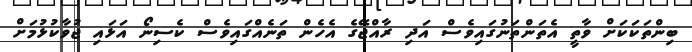
ބިންތަކަކަށް ވާތީ އެތަންތަނުގައިވެސް އަދި ރާއްޖޭގެ އެހެން ތަނެއްގައިވެސް ކެސިނޯ އަޅައި ޖުވާކުޅުމަށް